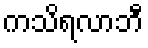
ကသိရလာဘီ